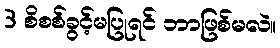
3 စိစစ်ခွင့်မပြုရင် ဘာဖြစ်မလဲ။